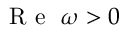
\mathrm { ~ R ~ e ~ } ~ \omega > 0